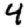
Digit: 4